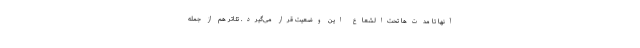
آنها تا مدت‌ها تحت‌الشعاع این وضعیت قرار می‌گیرد. تئاتر هم از جمله